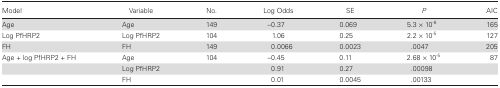
<table><thead><tr><td><b>Model</b></td><td><b>Variable</b></td><td><b>No.</b></td><td><b>Log Odds</b></td><td><b>SE</b></td><td><b><i>P</i></b></td><td><b>AIC</b></td></tr></thead><tbody><tr><td>Age</td><td>Age</td><td>149</td><td>–0.37</td><td>0.069</td><td>5.3 × 10<sup>-8</sup></td><td>165</td></tr><tr><td>Log PfHRP2</td><td>Log PfHRP2</td><td>104</td><td>1.06</td><td>0.25</td><td>2.2 × 10<sup>-5</sup></td><td>127</td></tr><tr><td>FH</td><td>FH</td><td>149</td><td>0.0066</td><td>0.0023</td><td>.0047</td><td>205</td></tr><tr><td>Age + log PfHRP2 + FH</td><td>Age</td><td>104</td><td>–0.45</td><td>0.11</td><td>2.68 × 10<sup>-5</sup></td><td>87</td></tr><tr><td></td><td>Log PfHRP2</td><td></td><td>0.91</td><td>0.27</td><td>.00098</td><td></td></tr><tr><td></td><td>FH</td><td></td><td>0.01</td><td>0.0045</td><td>.00133</td><td></td></tr></tbody></table>